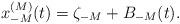
LaTeX: \begin{align*} x_{-M}^{(M)}(t)=\zeta_{-M}+B_{-M}(t).\end{align*}